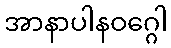
အာနာပါနဝဂ္ဂေါ